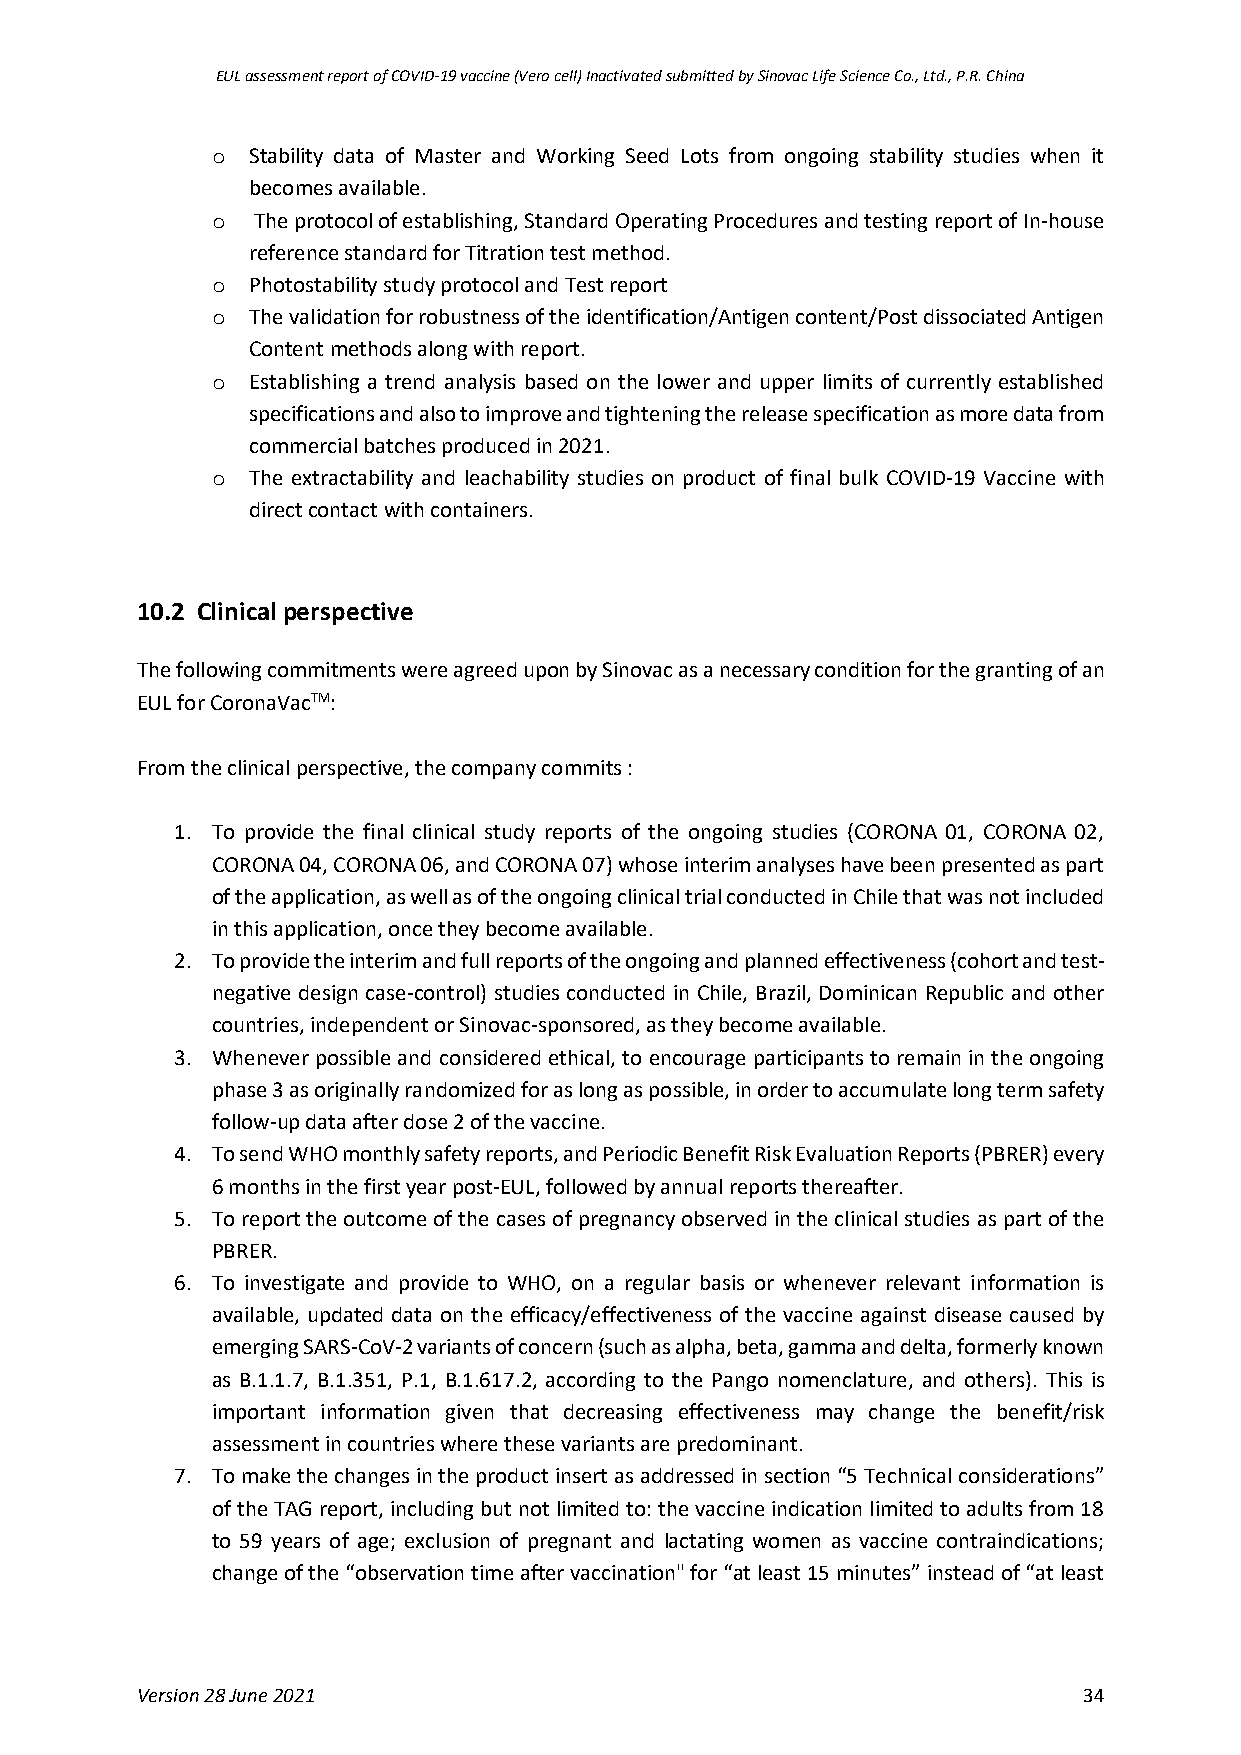
EUL assessment report of COVID-19 vaccine (Vero cell) Inactivated submitted by Sinovac Life Science Co., Ltd., P.R. China
 o Stability data of Master and Working Seed Lots from ongoing stability studies when it
 becomes available.
 o  The protocol of establishing, Standard Operating Procedures and testing report of In-house
 reference standard for Titration test method.
 o Photostability study protocol and Test report
 o The validation for robustness of the identification/Antigen content/Post dissociated Antigen
 Content methods along with report.
 o Establishing a trend analysis based on the lower and upper limits of currently established
 specifications and also to improve and tightening the release specification as more data from
 commercial batches produced in 2021.
 o The extractability and leachability studies on product of final bulk COVID-19 Vaccine with
 direct contact with containers.
 10.2 Clinical perspective
 The following commitments were agreed upon by Sinovac as a necessary condition for the granting of an
 EUL for CoronaVacTM:
 From the clinical perspective, the company commits :
 1. To provide the final clinical study reports of the ongoing studies (CORONA 01, CORONA 02,
 CORONA 04, CORONA 06, and CORONA 07) whose interim analyses have been presented as part
 of the application, as well as of the ongoing clinical trial conducted in Chile that was not included
 in this application, once they become available.
 2. To provide the interim and full reports of the ongoing and planned effectiveness (cohort and test-
 negative design case-control) studies conducted in Chile, Brazil, Dominican Republic and other
 countries, independent or Sinovac-sponsored, as they become available.
 3. Whenever possible and considered ethical, to encourage participants to remain in the ongoing
 phase 3 as originally randomized for as long as possible, in order to accumulate long term safety
 follow-up data after dose 2 of the vaccine.
 4. To send WHO monthly safety reports, and Periodic Benefit Risk Evaluation Reports (PBRER) every
 6 months in the first year post-EUL, followed by annual reports thereafter.
 5. To report the outcome of the cases of pregnancy observed in the clinical studies as part of the
 PBRER.
 6. To investigate and provide to WHO, on a regular basis or whenever relevant information is
 available, updated data on the efficacy/effectiveness of the vaccine against disease caused by
 emerging SARS-CoV-2 variants of concern (such as alpha, beta, gamma and delta, formerly known
 as B.1.1.7, B.1.351, P.1, B.1.617.2, according to the Pango nomenclature, and others). This is
 important information given that decreasing effectiveness may change the benefit/risk
 assessment in countries where these variants are predominant.
 7. To make the changes in the product insert as addressed in section “5 Technical considerations”
 of the TAG report, including but not limited to: the vaccine indication limited to adults from 18
 to 59 years of age; exclusion of pregnant and lactating women as vaccine contraindications;
 change of the “observation time after vaccination" for “at least 15 minutes” instead of “at least
 Version 28 June 2021                                           34